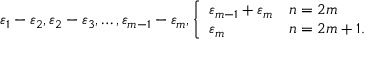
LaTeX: \varepsilon _ { 1 } - \varepsilon _ { 2 } , \varepsilon _ { 2 } - \varepsilon _ { 3 } , \ldots , \varepsilon _ { m - 1 } - \varepsilon _ { m } , \left\{ { \begin{array} { l l } { \varepsilon _ { m - 1 } + \varepsilon _ { m } } & { n = 2 m } \\ { \varepsilon _ { m } } & { n = 2 m + 1 . } \end{array} } \right.